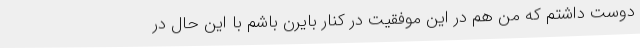
دوست داشتم که من هم در این موفقیت در کنار بایرن باشم با این حال در